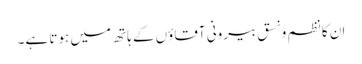
ان کا نظم و نسق بیرونی آقاؤں کے ہاتھ میں ہوتا ہے۔